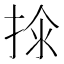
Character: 𱠂